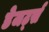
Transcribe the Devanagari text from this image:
डेजर्ट्स